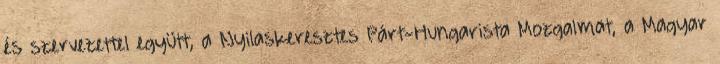
és szervezettel együtt, a Nyilaskeresztes Párt-Hungarista Mozgalmat, a Magyar